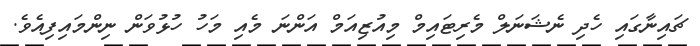
ޗައިނާގައި ހެދި ނެޝަނަލް މެރިޓައިމް މިއުޒިއަމް އަންނަ މެއި މަހު ހުޅުވަން ނިންމައިފިއެވެ.